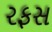
રફસ